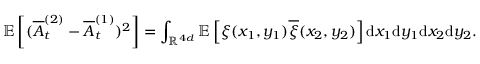
{ \ensuremath { \mathbb E } } \left[ ( \overline { A } _ { t } ^ { ( 2 ) } - \overline { A } _ { t } ^ { ( 1 ) } ) ^ { 2 } \right] = \int _ { { \ensuremath { \mathbb R } } ^ { 4 d } } { \ensuremath { \mathbb E } } \left[ \xi ( x _ { 1 } , y _ { 1 } ) \overline { \xi } ( x _ { 2 } , y _ { 2 } ) \right] \mathrm { d } x _ { 1 } \mathrm { d } y _ { 1 } \mathrm { d } x _ { 2 } \mathrm { d } y _ { 2 } .